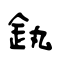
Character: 釻